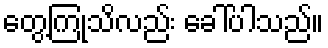
တွေ့ကြုံသိလည်း ခေါ်ပါသည်။